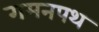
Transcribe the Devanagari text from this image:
गमनपथ